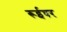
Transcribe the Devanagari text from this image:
रूईघर